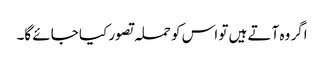
اگر وہ آتے ہیں تو اس کو حملہ تصور کیا جائے گا۔